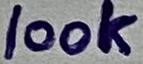
Text: 100K